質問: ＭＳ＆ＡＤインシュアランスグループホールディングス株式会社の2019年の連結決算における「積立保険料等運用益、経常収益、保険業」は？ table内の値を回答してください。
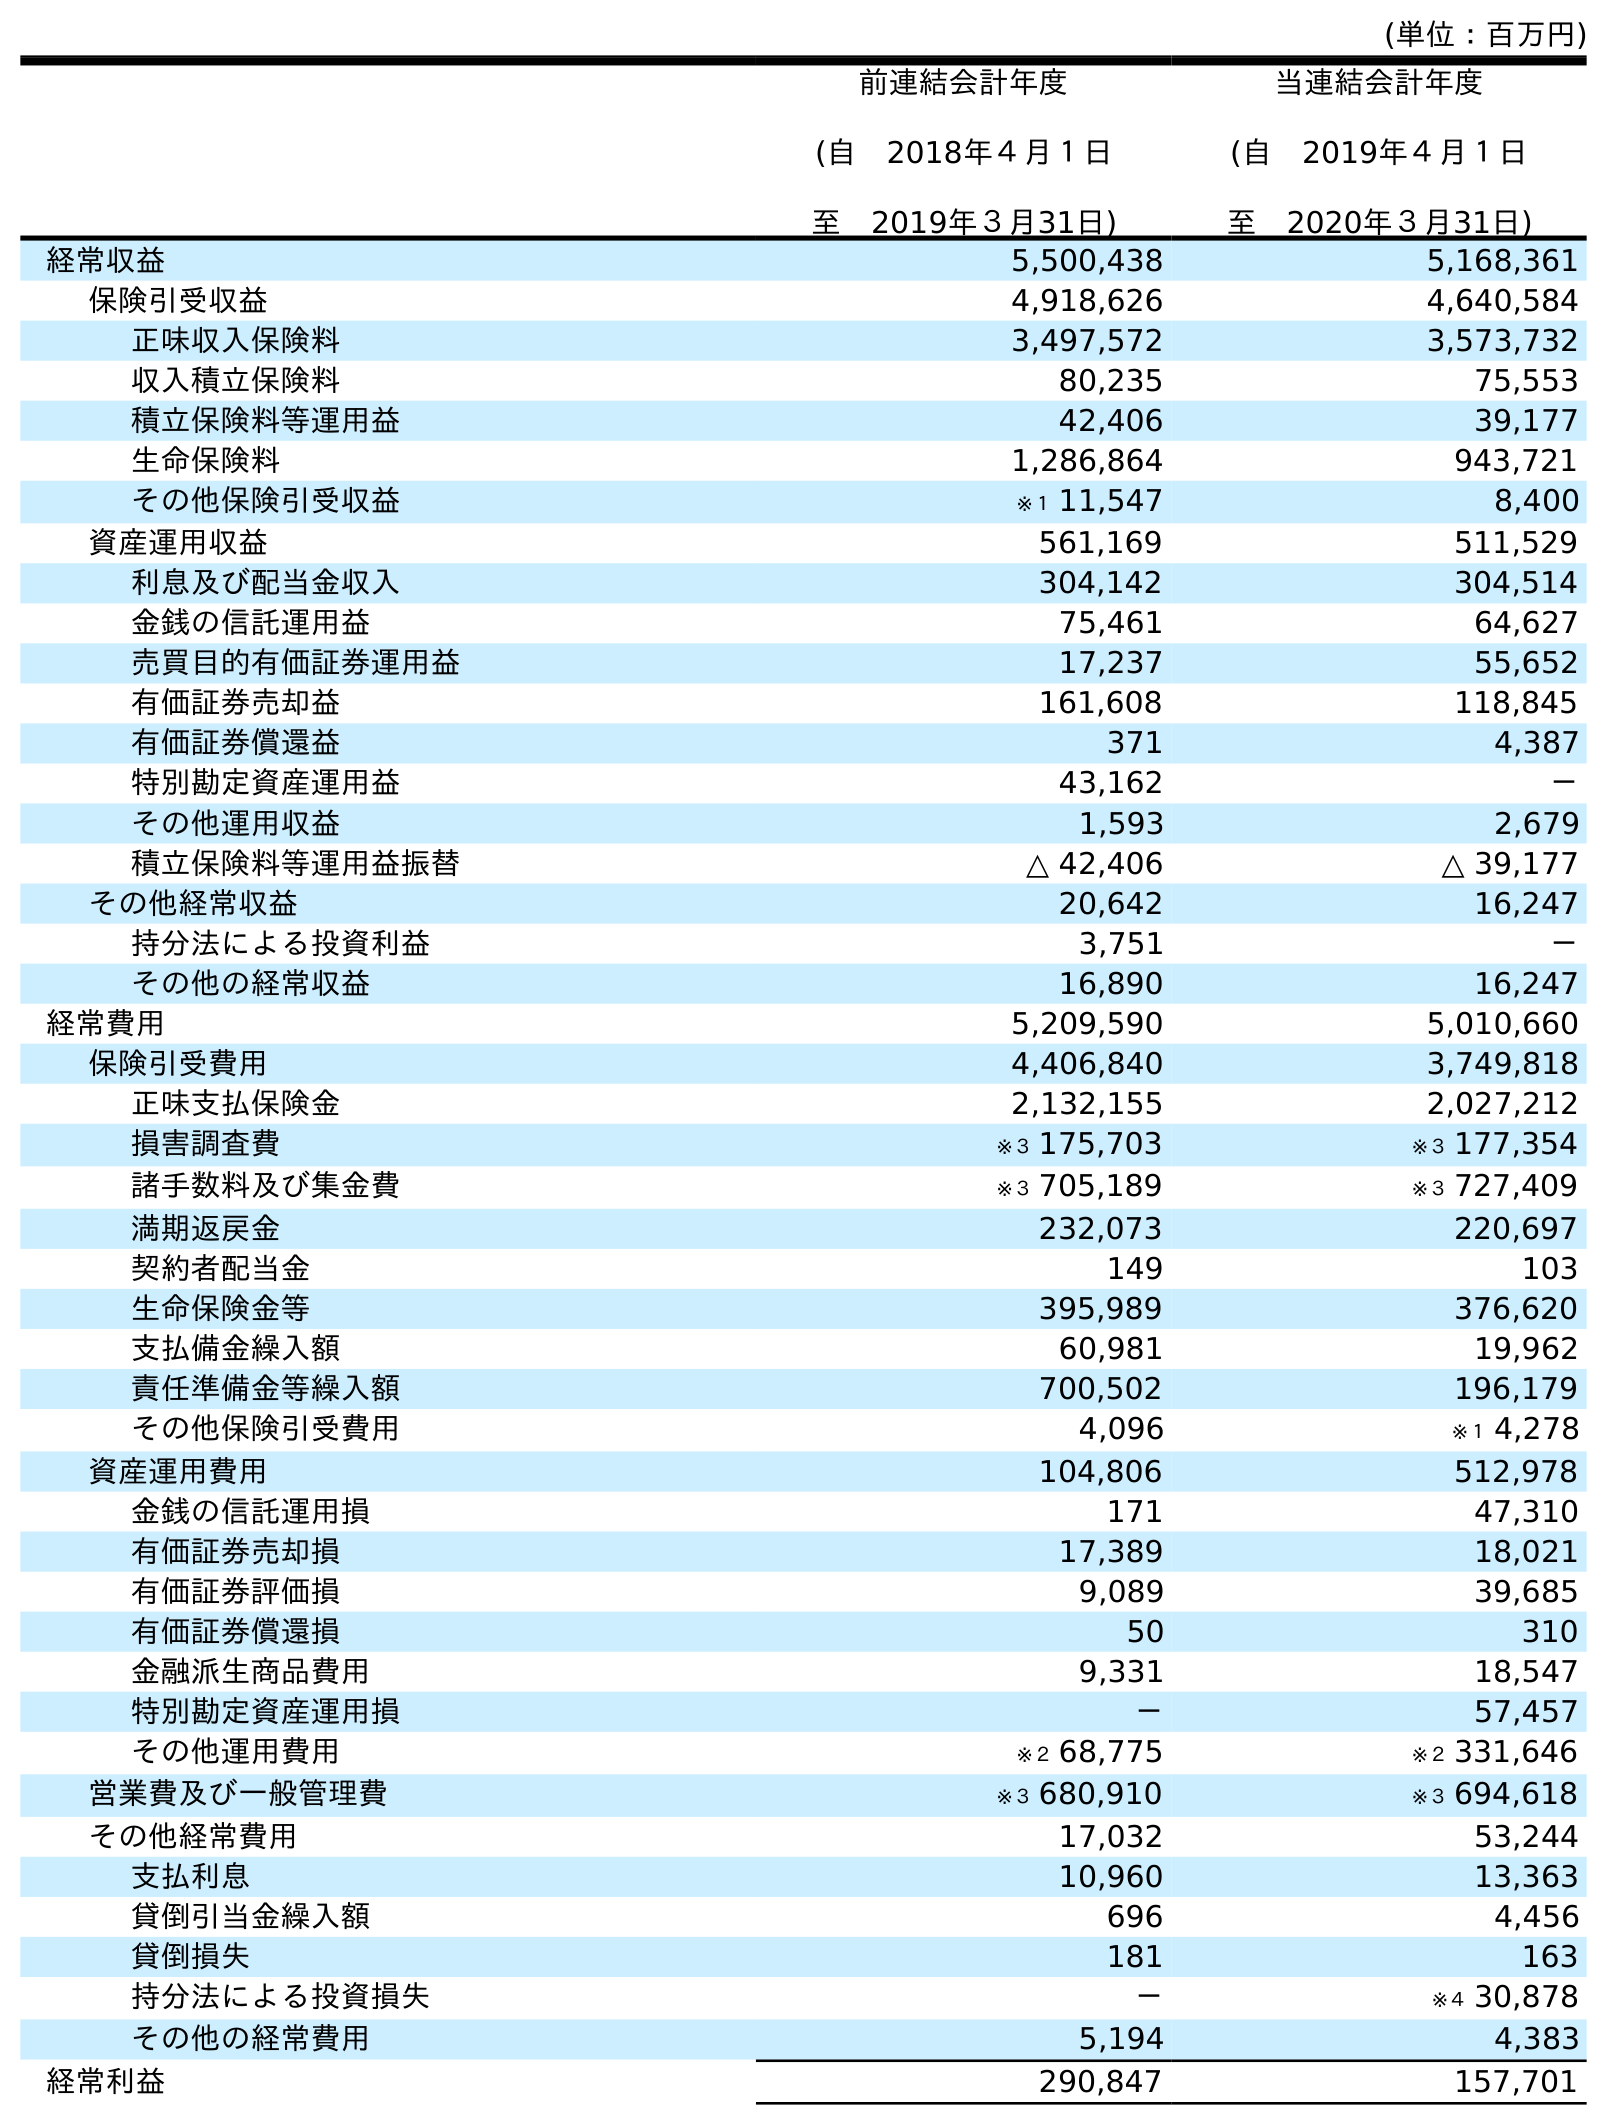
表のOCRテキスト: (単位：百万円) 前連結会計年度 (自 2018年４月１日 至 2019年３月31日) 当連結会計年度 (自 2019年４月１日 至 2020年３月31日) 経常収益 5,500,438 5,168,361 保険引受収益 4,918,626 4,640,584 正味収入保険料 3,497,572 3,573,732 収入積立保険料 80,235 75,553 積立保険料等運用益 42,406 39,177 生命保険料 1,286,864 943,721 その他保険引受収益 ※１ 11,547 8,400 資産運用収益 561,169 511,529 利息及び配当金収入 304,142 304,514 金銭の信託運用益 75,461 64,627 売買目的有価証券運用益 17,237 55,652 有価証券売却益 161,608 118,845 有価証券償還益 371 4,387 特別勘定資産運用益 43,162 － その他運用収益 1,593 2,679 積立保険料等運用益振替 △ 42,406 △ 39,177 その他経常収益 20,642 16,247 持分法による投資利益 3,751 － その他の経常収益 16,890 16,247 経常費用 5,209,590 5,010,660 保険引受費用 4,406,840 3,749,818 正味支払保険金 2,132,155 2,027,212 損害調査費 ※３ 175,703 ※３ 177,354 諸手数料及び集金費 ※３ 705,189 ※３ 727,409 満期返戻金 232,073 220,697 契約者配当金 149 103 生命保険金等 395,989 376,620 支払備金繰入額 60,981 19,962 責任準備金等繰入額 700,502 196,179 その他保険引受費用 4,096 ※１ 4,278 資産運用費用 104,806 512,978 金銭の信託運用損 171 47,310 有価証券売却損 17,389 18,021 有価証券評価損 9,089 39,685 有価証券償還損 50 310 金融派生商品費用 9,331 18,547 特別勘定資産運用損 － 57,457 その他運用費用 ※２ 68,775 ※２ 331,646 営業費及び一般管理費 ※３ 680,910 ※３ 694,618 その他経常費用 17,032 53,244 支払利息 10,960 13,363 貸倒引当金繰入額 696 4,456 貸倒損失 181 163 持分法による投資損失 － ※４ 30,878 その他の経常費用 5,194 4,383 経常利益 290,847 157,701
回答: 42,406